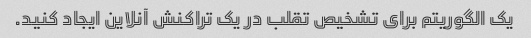
یک الگوریتم برای تشخیص تقلب در یک تراکنش آنلاین ایجاد کنید.